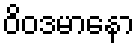
ဝိဝဒမာနော